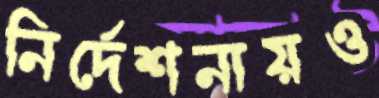
নির্দেশনায়ও